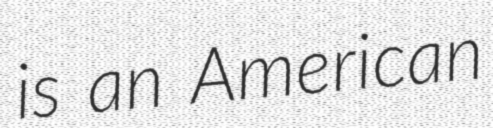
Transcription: is an American